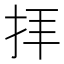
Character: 拝